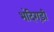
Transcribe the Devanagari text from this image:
भंदिगड़ी